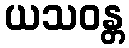
ယသဝန္တ